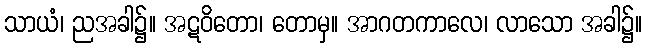
သာယံ၊ ညအခါ၌။ အဋဝိတော၊ တောမှ။ အာဂတကာလေ၊ လာသော အခါ၌။